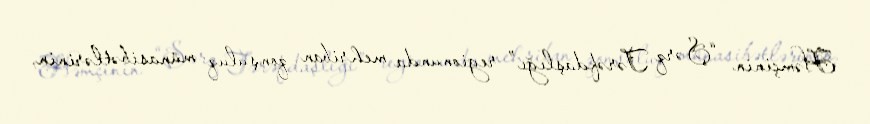
Həmçinin “Şərq Tərəfdaşlığı” regionunda mehriban qonşuluq münasibətlərinin,